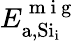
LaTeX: E_{\mathrm{a,Si_{\mathrm{i}}}}^{\mathrm{~m~i~g~}}